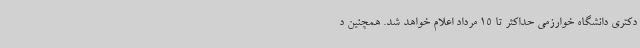
دکتری دانشگاه خوارزمی حداکثر تا 15 مرداد اعلام خواهد شد. همچنین د